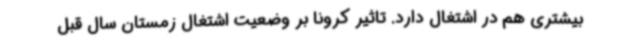
بیشتری هم در اشتغال دارد. تاثیر کرونا بر وضعیت اشتغال زمستان سال قبل